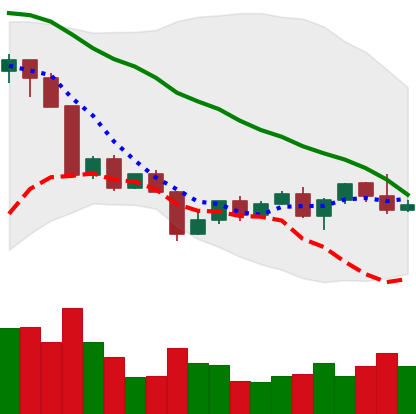
Ticker: NEO-USD
Chart end date: 2022-04-22
Forward return: -9.861%
Label: down_7plus